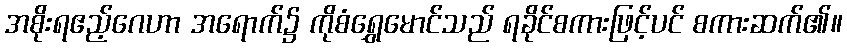
အစိုးရဧည့်ဂေဟာ အရောက်၌ ကိုစံရွှေမောင်သည် ရခိုင်စကားဖြင့်ပင် စကားဆက်၏။